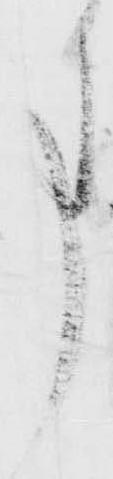
事